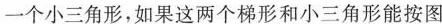
一个小三角形，如果这两个梯形和小三角形能按图